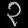
Digit: ၃